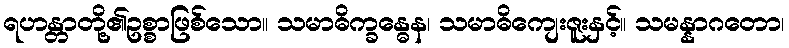
ရဟန္တာတို့၏ဥစ္စာဖြစ်သော။ သမာဓိက္ခန္ဓေန၊ သမာဓိကျေးဇူးနှင့်။ သမန္နာဂတော၊